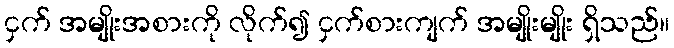
ငှက် အမျိုးအစားကို လိုက်၍ ငှက်စားကျက် အမျိုးမျိုး ရှိသည်။